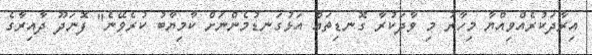
އިރާދަކުރެއްވިއްޔާ މިހާރު މި ވާދަކުރާ ގޮނޑިތައް އަޅުގަނޑުމެންނަށް ކާމިޔާބު ކުރެވޭނެ" ފޮނަދޫ ދާއިރާގެ